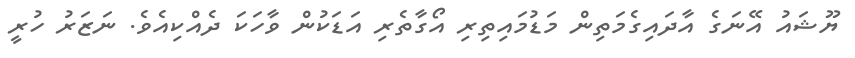
ޔޫޝައު އޭނަގެ އާދައިގެމަތިން މަޑުމައިތިރި އޯގާތެރި އަޑަކުން ވާހަކަ ދެއްކިއެވެ. ނަޒަރު ހުރީ